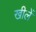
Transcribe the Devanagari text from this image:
खीलें